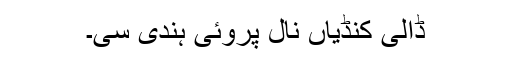
ڈالی کنڈیاں نال پروئی ہُندی سی۔